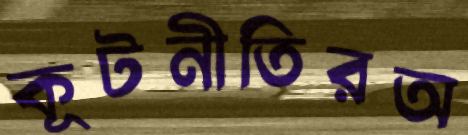
কূটনীতিরঅ